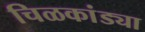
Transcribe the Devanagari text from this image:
चिळकांड्या